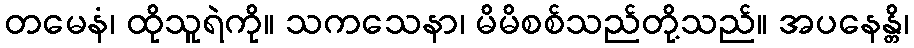
တမေနံ၊ ထိုသူရဲကို။ သကသေနာ၊ မိမိစစ်သည်တို့သည်။ အပနေန္တိ၊